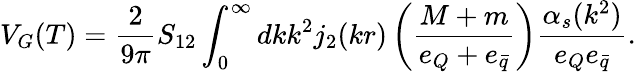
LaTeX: V_{G}(T)=\frac{2}{9\pi}S_{12}\int_{0}^{\infty}dkk^{2}j_{2}(kr)\left(\frac{M+m}{e_{Q}+e_{\bar{q}}}\right)\frac{\alpha_{s}(k^{2})}{e_{Q}e_{\bar{q}}}.